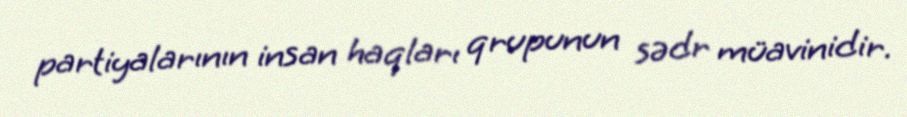
partiyalarının insan haqları qrupunun sədr müavinidir.